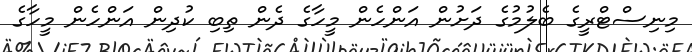
މިނިސްޓްރީގެ ބެލުމުގެ ދަށުން އަންހެން މީހާގެ ދެން ތިބި ކުދިން އަންހެން މީހާގެ